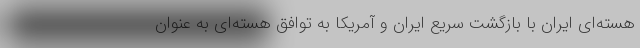
هسته‌ای ایران با بازگشت سریع ایران و آمریکا به توافق هسته‌ای به عنوان